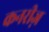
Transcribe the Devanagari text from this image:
कनरीज़